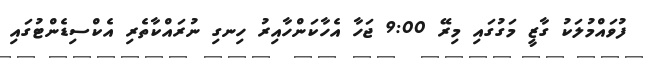
ފުވައްމުލަކު ގާޒީ މަގުގައި މިރޭ 9:00 ޖަހާ އެހާކަންހާއިރު ހިނގި ނުރައްކާތެރި އެކްސިޑެންޓުގައި